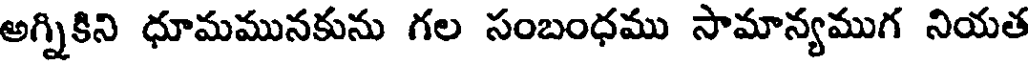
అగ్నికిని ధూమమునకును గల సంబంధము సామాన్యముగ నియత